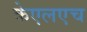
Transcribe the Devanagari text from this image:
केएलएच